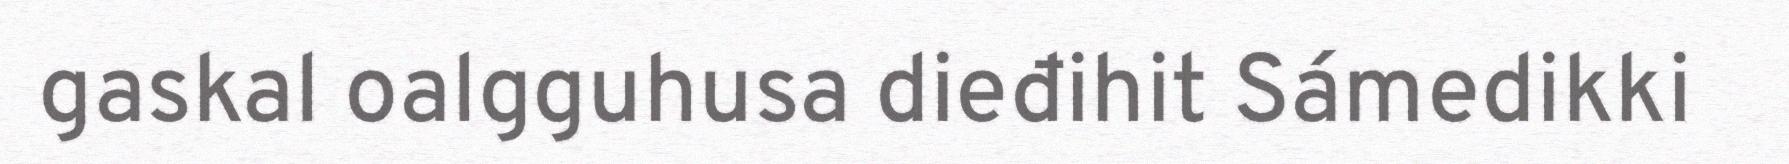
gaskal oalgguhusa dieđihit Sámedikki